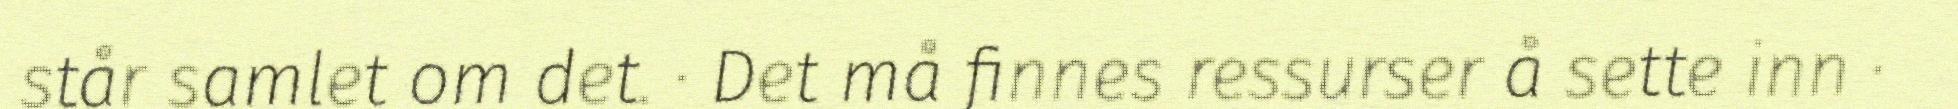
står samlet om det. · Det må finnes ressurser å sette inn ·